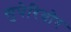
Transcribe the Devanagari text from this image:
सुपेरियोर